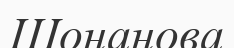
Шонанова